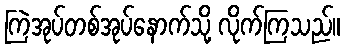
ကြဲအုပ်တစ်အုပ်နောက်သို့ လိုက်ကြသည်။